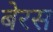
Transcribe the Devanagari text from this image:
बेरस